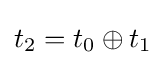
t_{2}=t_{0}\oplus t_{1}